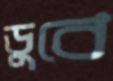
ডুবে